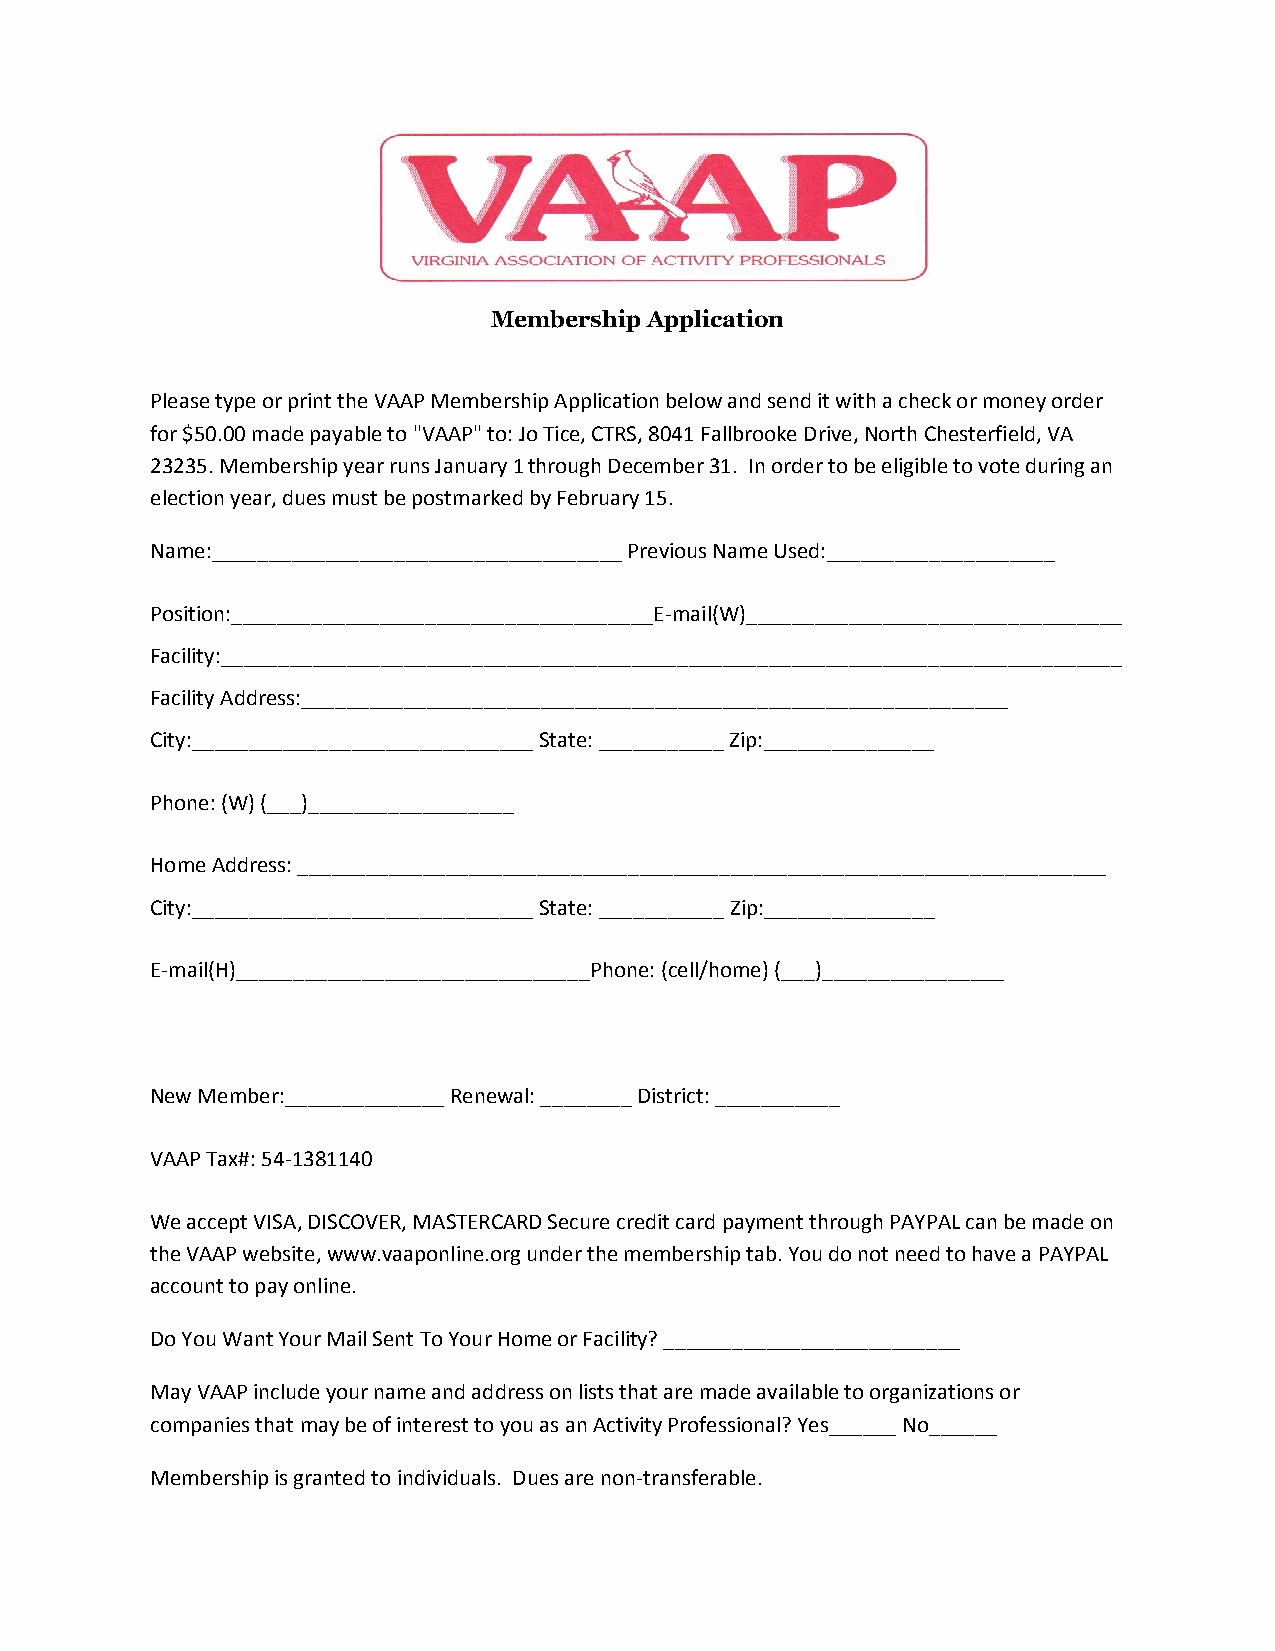
Membership Application
 Please type or print the VAAP Membership Application below and send it with a check or money order
 for $50.00 made payable to "VAAP" to: Jo Tice, CTRS, 8041 Fallbrooke Drive, North Chesterfield, VA
 23235. Membership year runs January 1 through December 31. In order to be eligible to vote during an
 election year, dues must be postmarked by February 15.
 Name:____________________________________ Previous Name Used:____________________
 Position:_____________________________________E-mail(W)_________________________________
 Facility:_______________________________________________________________________________
 Facility Address:______________________________________________________________
 City:______________________________ State: ___________ Zip:_______________
 Phone: (W) (___)__________________
 Home Address: _______________________________________________________________________
 City:______________________________ State: ___________ Zip:_______________
 E-mail(H)_______________________________Phone: (cell/home) (___)________________
 New Member:______________ Renewal: ________ District: ___________
 VAAP Tax#: 54-1381140
 We accept VISA, DISCOVER, MASTERCARD Secure credit card payment through PAYPAL can be made on
 the VAAP website, www.vaaponline.org under the membership tab. You do not need to have a PAYPAL
 account to pay online.
 Do You Want Your Mail Sent To Your Home or Facility? __________________________
 May VAAP include your name and address on lists that are made available to organizations or
 companies that may be of interest to you as an Activity Professional? Yes______ No______
 Membership is granted to individuals. Dues are non-transferable.